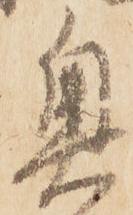
奥